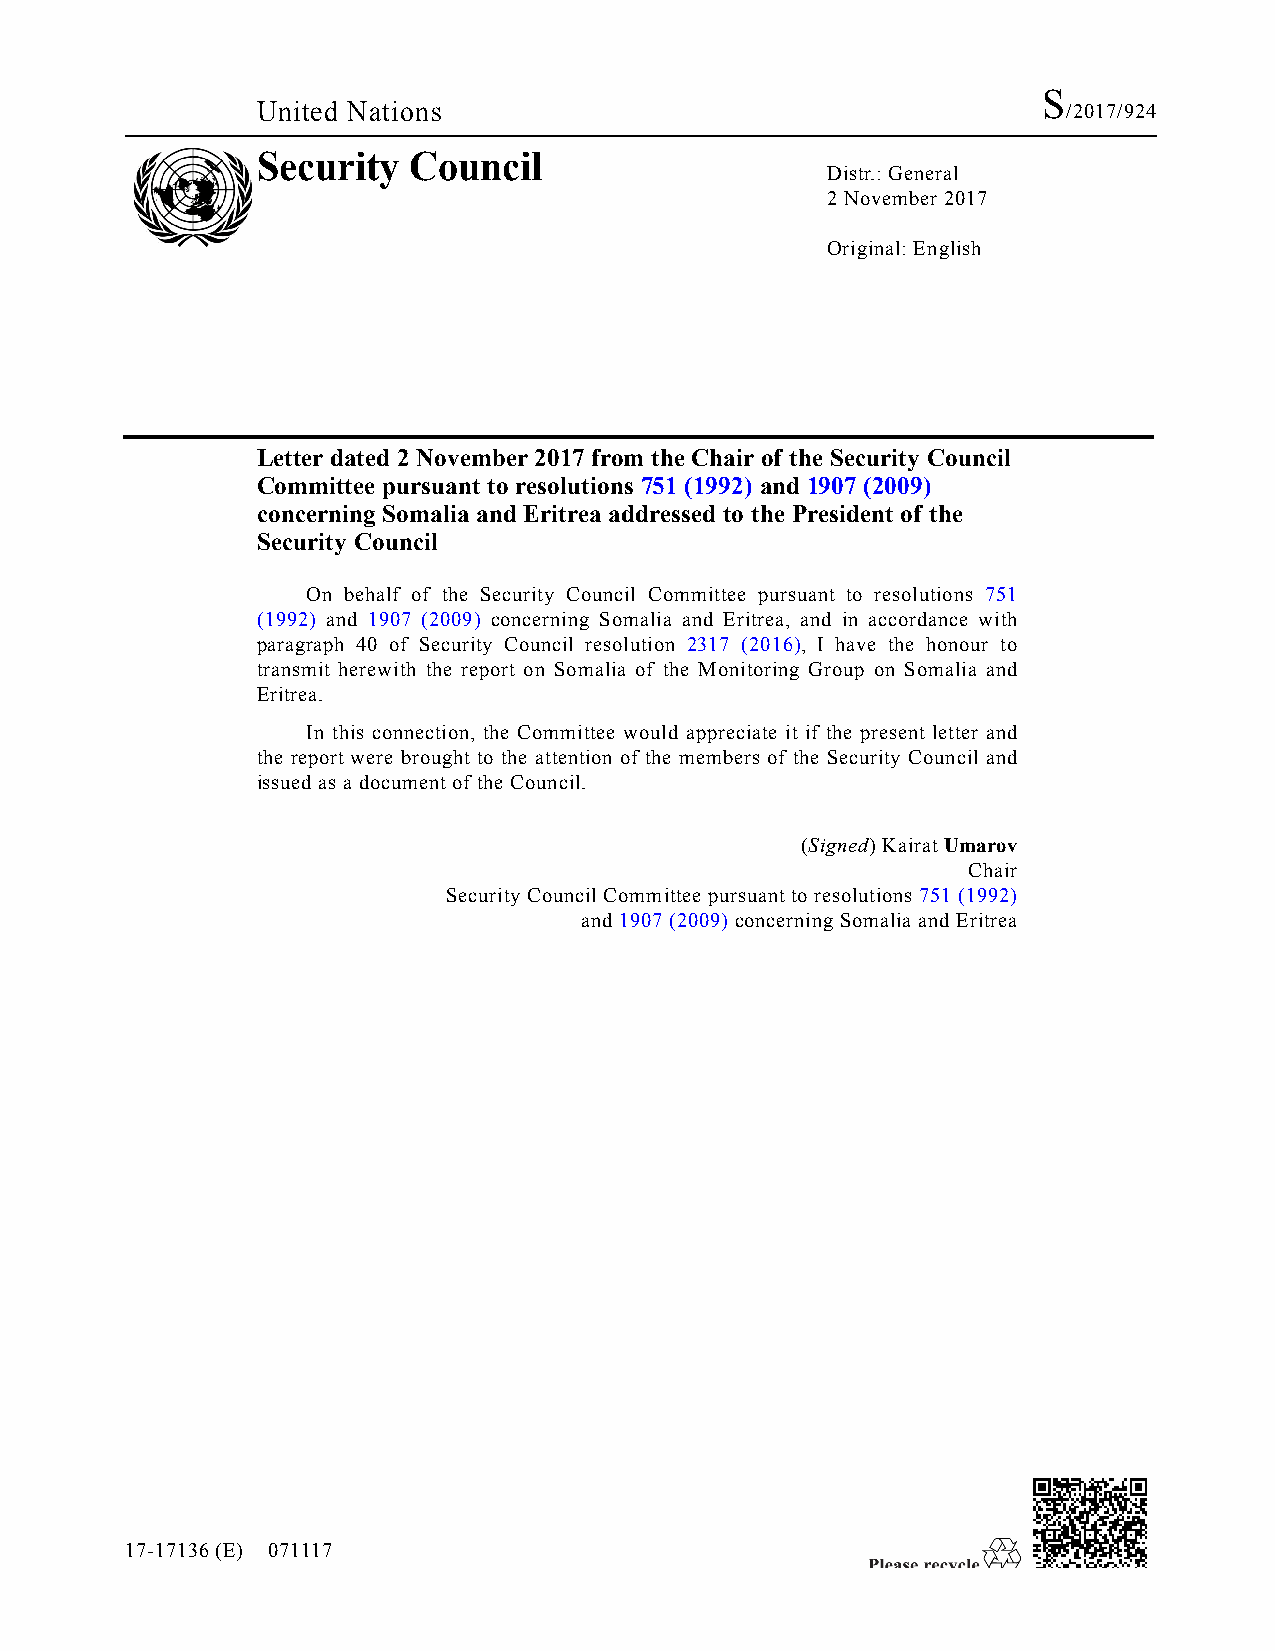
S
 United Nations                                        /2017/924
 Security  Council
 Distr.: General
 2 November 2017
 Original: English
 Letter dated 2 November 2017 from the Chair of the Security Council
 Committee pursuant to resolutions 751 (1992) and 1907 (2009)
 concerning Somalia and Eritrea addressed to the President of the
 Security Council
 On behalf of the Security Council Committee pursuant to resolutions 751
 (1992) and 1907 (2009) concerning Somalia and Eritrea, and in accordance with
 paragraph 40 of Security Council resolution 2317 (2016), I have the honour to
 transmit herewith the report on Somalia of the Monitoring Group on Somalia and
 Eritrea.
 In this connection, the Committee would appreciate it if the present letter and
 the report were brought to the attention of the members of the Security Council and
 issued as a document of the Council.
 (Signed) Kairat Umarov
 Chair
 Security Council Committee pursuant to resolutions 751 (1992)
 and 1907 (2009) concerning Somalia and Eritrea
 17-17136 (E) 071117
 *1717136*